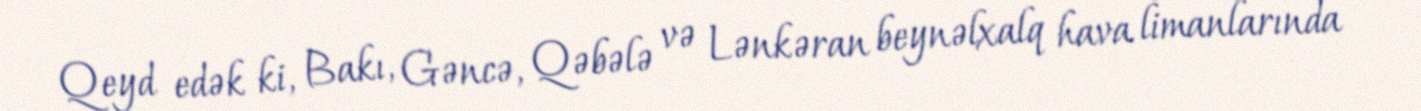
Qeyd edək ki, Bakı, Gəncə, Qəbələ və Lənkəran beynəlxalq hava limanlarında